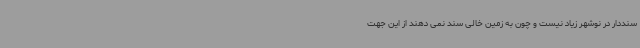
سنددار در نوشهر زیاد نیست و چون به زمین خالی سند نمی دهند از این جهت